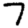
Digit: 7